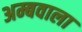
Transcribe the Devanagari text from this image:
अम्बवाला